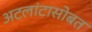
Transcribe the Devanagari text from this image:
अटलांटासोबत